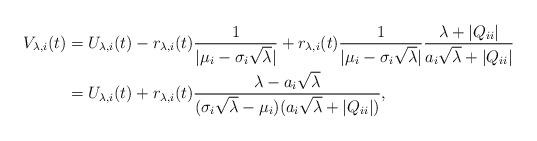
LaTeX: \begin{align*}V_{\lambda,i}(t) & = U_{\lambda,i}(t) - r_{\lambda,i}(t) \frac{1}{|\mu_i-\sigma_i \sqrt\lambda|} + r_{\lambda,i}(t) \frac{1}{|\mu_i-\sigma_i \sqrt\lambda| } \frac{\lambda + |Q_{ii}|}{a_i \sqrt\lambda + |Q_{ii}|} \\ & = U_{\lambda,i}(t) + r_{\lambda,i}(t) \frac{\lambda - a_i \sqrt\lambda}{(\sigma_i \sqrt\lambda - \mu_i)(a_i \sqrt\lambda + |Q_{ii}|)},\end{align*}